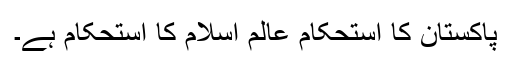
پاکستان کا استحکام عالم اسلام کا استحکام ہے۔